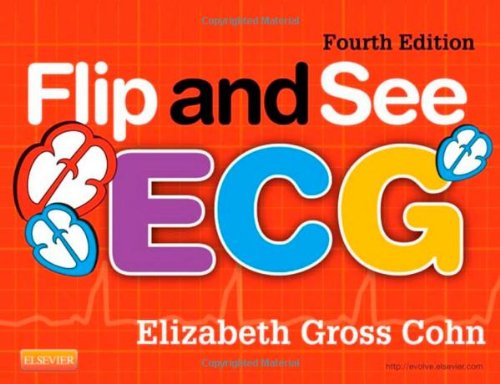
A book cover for Flip and See ECG, 4e; Elizabeth Gross Cohn RN  MS  NP  ACNP  DNSc  CEN  EMT-CC; Medical Books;